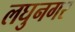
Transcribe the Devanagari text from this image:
लघुनगर